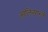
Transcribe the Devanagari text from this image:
आलिसान्ते